Scottish Leaving Certificate Examination, 1959
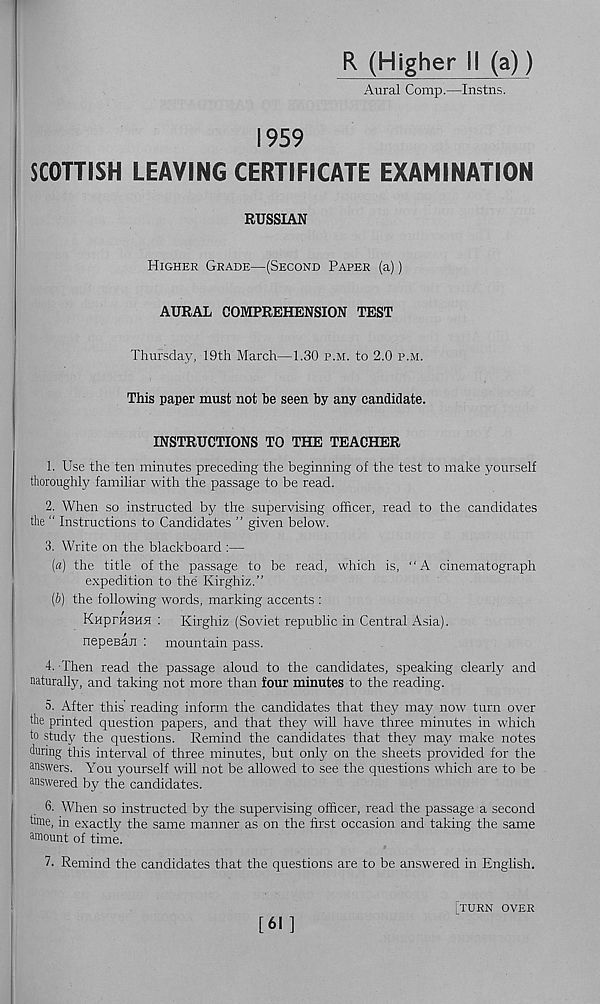
R (Higher li (a))
Aural Comp.—Instns.
1959
SCOTTISH LEAVING CERTIFICATE EXAMINATION
RUSSIAN
Higher Grade—(Second Paper (a))
AURAL COMPREHENSION TEST
Thursday, 19th March—1.30 p.m. to 2.0 p.m.
This paper must not be seen by any candidate.
INSTRUCTIONS TO THE TEACHER
1. Use the ten minutes preceding the beginning of the test to make yourself
thoroughly familiar with the passage to be read.
2. When so instructed by the supervising officer, read to the candidates
the " Instructions to Candidates ” given below.
3. Write on the blackboard :—
[a] the title of the passage to be read, which is, “A cinematograph
expedition to the Kirghiz.”
[b] the following words, marking accents :
KnprH3Hfl : Kirghiz (Soviet republic in Central Asia).
nepeean : mountain pass.
4. Then read the passage aloud to the candidates, speaking clearly and
naturally, and taking not more than four minutes to the reading.
5. After this reading inform the candidates that they may now turn over
the printed question papers, and that they will have three minutes in which
to study the questions. Remind the candidates that they may make notes
during this interval of three minutes, but only on the sheets provided for the
answers. You yourself will not be allowed to see the questions which are to be
answered by the candidates.
6. When so instructed by the supervising officer, read the passage a second
hme, in exactly the same manner as on the first occasion and taking the same
amount of time.
7. Remind the candidates that the questions are to be answered in English.
[61]
[turn over